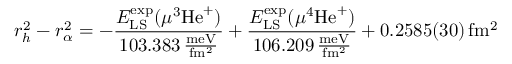
\ensuremath { r _ { h } } ^ { 2 } - \ensuremath { r _ { \alpha } } ^ { 2 } = - \frac { E _ { \mathrm { L S } } ^ { \mathrm { e x p } } ( \mu ^ { 3 } \mathrm { H e } ^ { + } ) } { 1 0 3 . 3 8 3 \mathrm { \, \frac { m e V } { f m ^ { 2 } } } } + \frac { E _ { \mathrm { L S } } ^ { \mathrm { e x p } } ( \mu ^ { 4 } \mathrm { H e } ^ { + } ) } { 1 0 6 . 2 0 9 \mathrm { \, \frac { m e V } { f m ^ { 2 } } } } + 0 . 2 5 8 5 ( 3 0 ) \, \mathrm { f m ^ { 2 } }